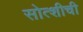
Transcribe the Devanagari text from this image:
सोत्शीची